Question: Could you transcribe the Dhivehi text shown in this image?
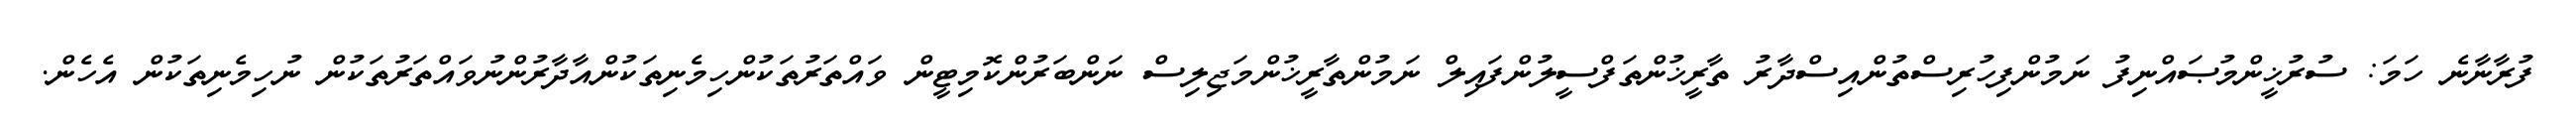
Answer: ފުރާނާނެ ހަމަ: ސުރުޚީންމުޞައްނިފު ނަމުންފިހުރިސްތުންއިސްދާރު ތާރީޚުންތަފްސީލުންފައިލް ނަމުންތާރީޚުންމަޖިލިސް ނަންބަރުންކޮމިޓީން ވައްތަރުތަކުންހިމެނިތަކުންއާދާރުންނުވައްތަރުތަކުން ނުހިމެނިތަކުން އެހެން.